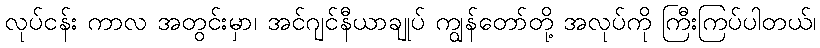
လုပ်ငန်း ကာလ အတွင်းမှာ၊ အင်ဂျင်နီယာချုပ် ကျွန်တော်တို့ အလုပ်ကို ကြီးကြပ်ပါတယ်၊